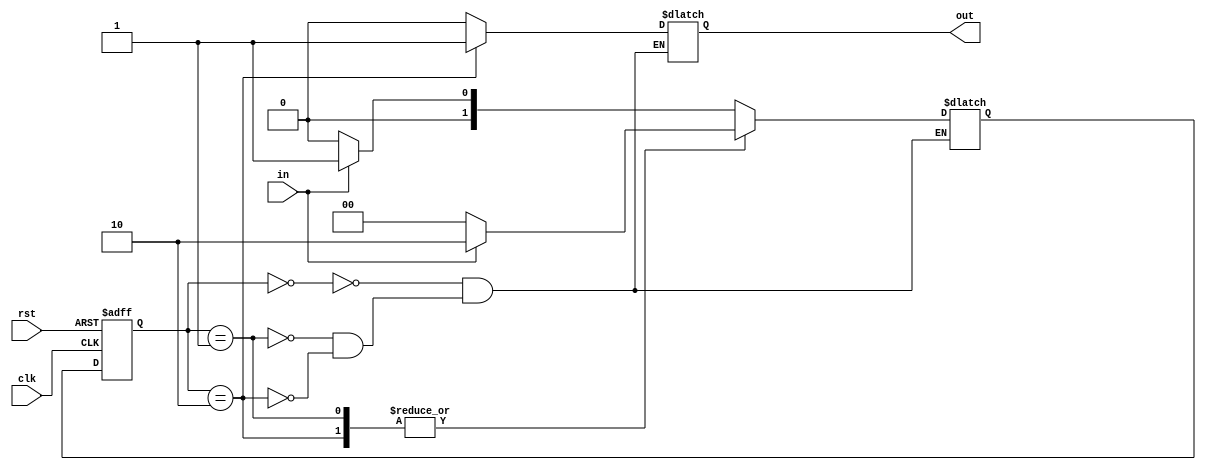
module FSM(clk, rst, in, out);
	input clk,rst,in;
	output out;
	reg out;
	
	reg [1:0] CurrentState, NextState;
	
	always @(posedge clk or posedge rst) begin
		if(rst) CurrentState <= 2'b00;
		else CurrentState <= NextState;
	end

	always @(CurrentState or in) begin
		case(CurrentState)
			2'b00: begin // IDLE
				out <= 1'b0;
				if(in) NextState <= 2'b01;
				else NextState <= 2'b00;
			end
			2'b01: begin // S0
				out <= 1'b0;
				if(in) NextState <= 2'b10;
				else NextState <= 2'b00;
			end
			2'b10: begin // S1
				out <= 1'b1;
				if(in) NextState <= 2'b10;
				else NextState <= 2'b00;
			end
		endcase
	end
endmodule